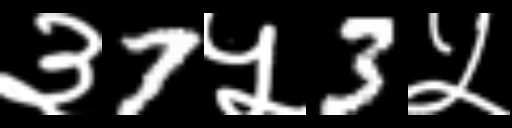
Text: ३7५3५